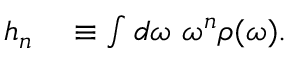
\begin{array} { r l } { h _ { n } } & { { } \equiv \int d \omega ~ \omega ^ { n } \rho ( \omega ) . } \end{array}